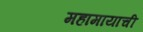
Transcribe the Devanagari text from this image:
महामायाची